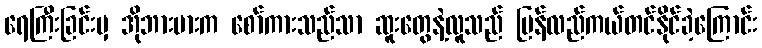
ရေကြီးခြင်းမှ အိုဘားမားက စော်ကားသည်သာ ဆူးတွေနဲ့လူသည် ပြန်လည်ကယ်တင်နိုင်ခဲ့ကြောင်း